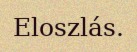
Eloszlás.